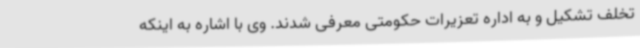
تخلف تشکیل و به اداره تعزیرات حکومتی معرفی شدند. وی با اشاره به اینکه